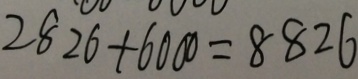
2 8 2 6 + 6 0 0 0 = 8 8 2 6